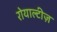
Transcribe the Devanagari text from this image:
रोयाल्टीज़